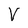
Character: V